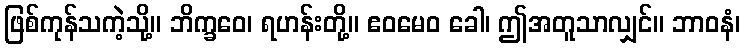
ဖြစ်ကုန်သကဲ့သို့။ ဘိက္ခဝေ၊ ရဟန်းတို့။ ဧဝမေဝ ခေါ၊ ဤအတူသာလျှင်။ ဘာဝနံ၊